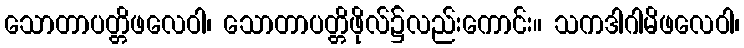
သောတာပတ္တိဖလေဝါ၊ သောတာပတ္တိဖိုလ်၌လည်းကောင်း။ သကဒါဂါမိဖလေဝါ၊